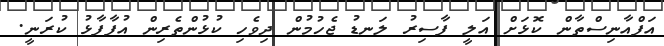
އަފްއާނިސްތާން ކޮޅަށް އަލީ ފާސިރު ލަނޑު ޖެހުމުން ދިވެހި ކުޅުންތެރިން އުފާފާޅު ކުރަނީ.